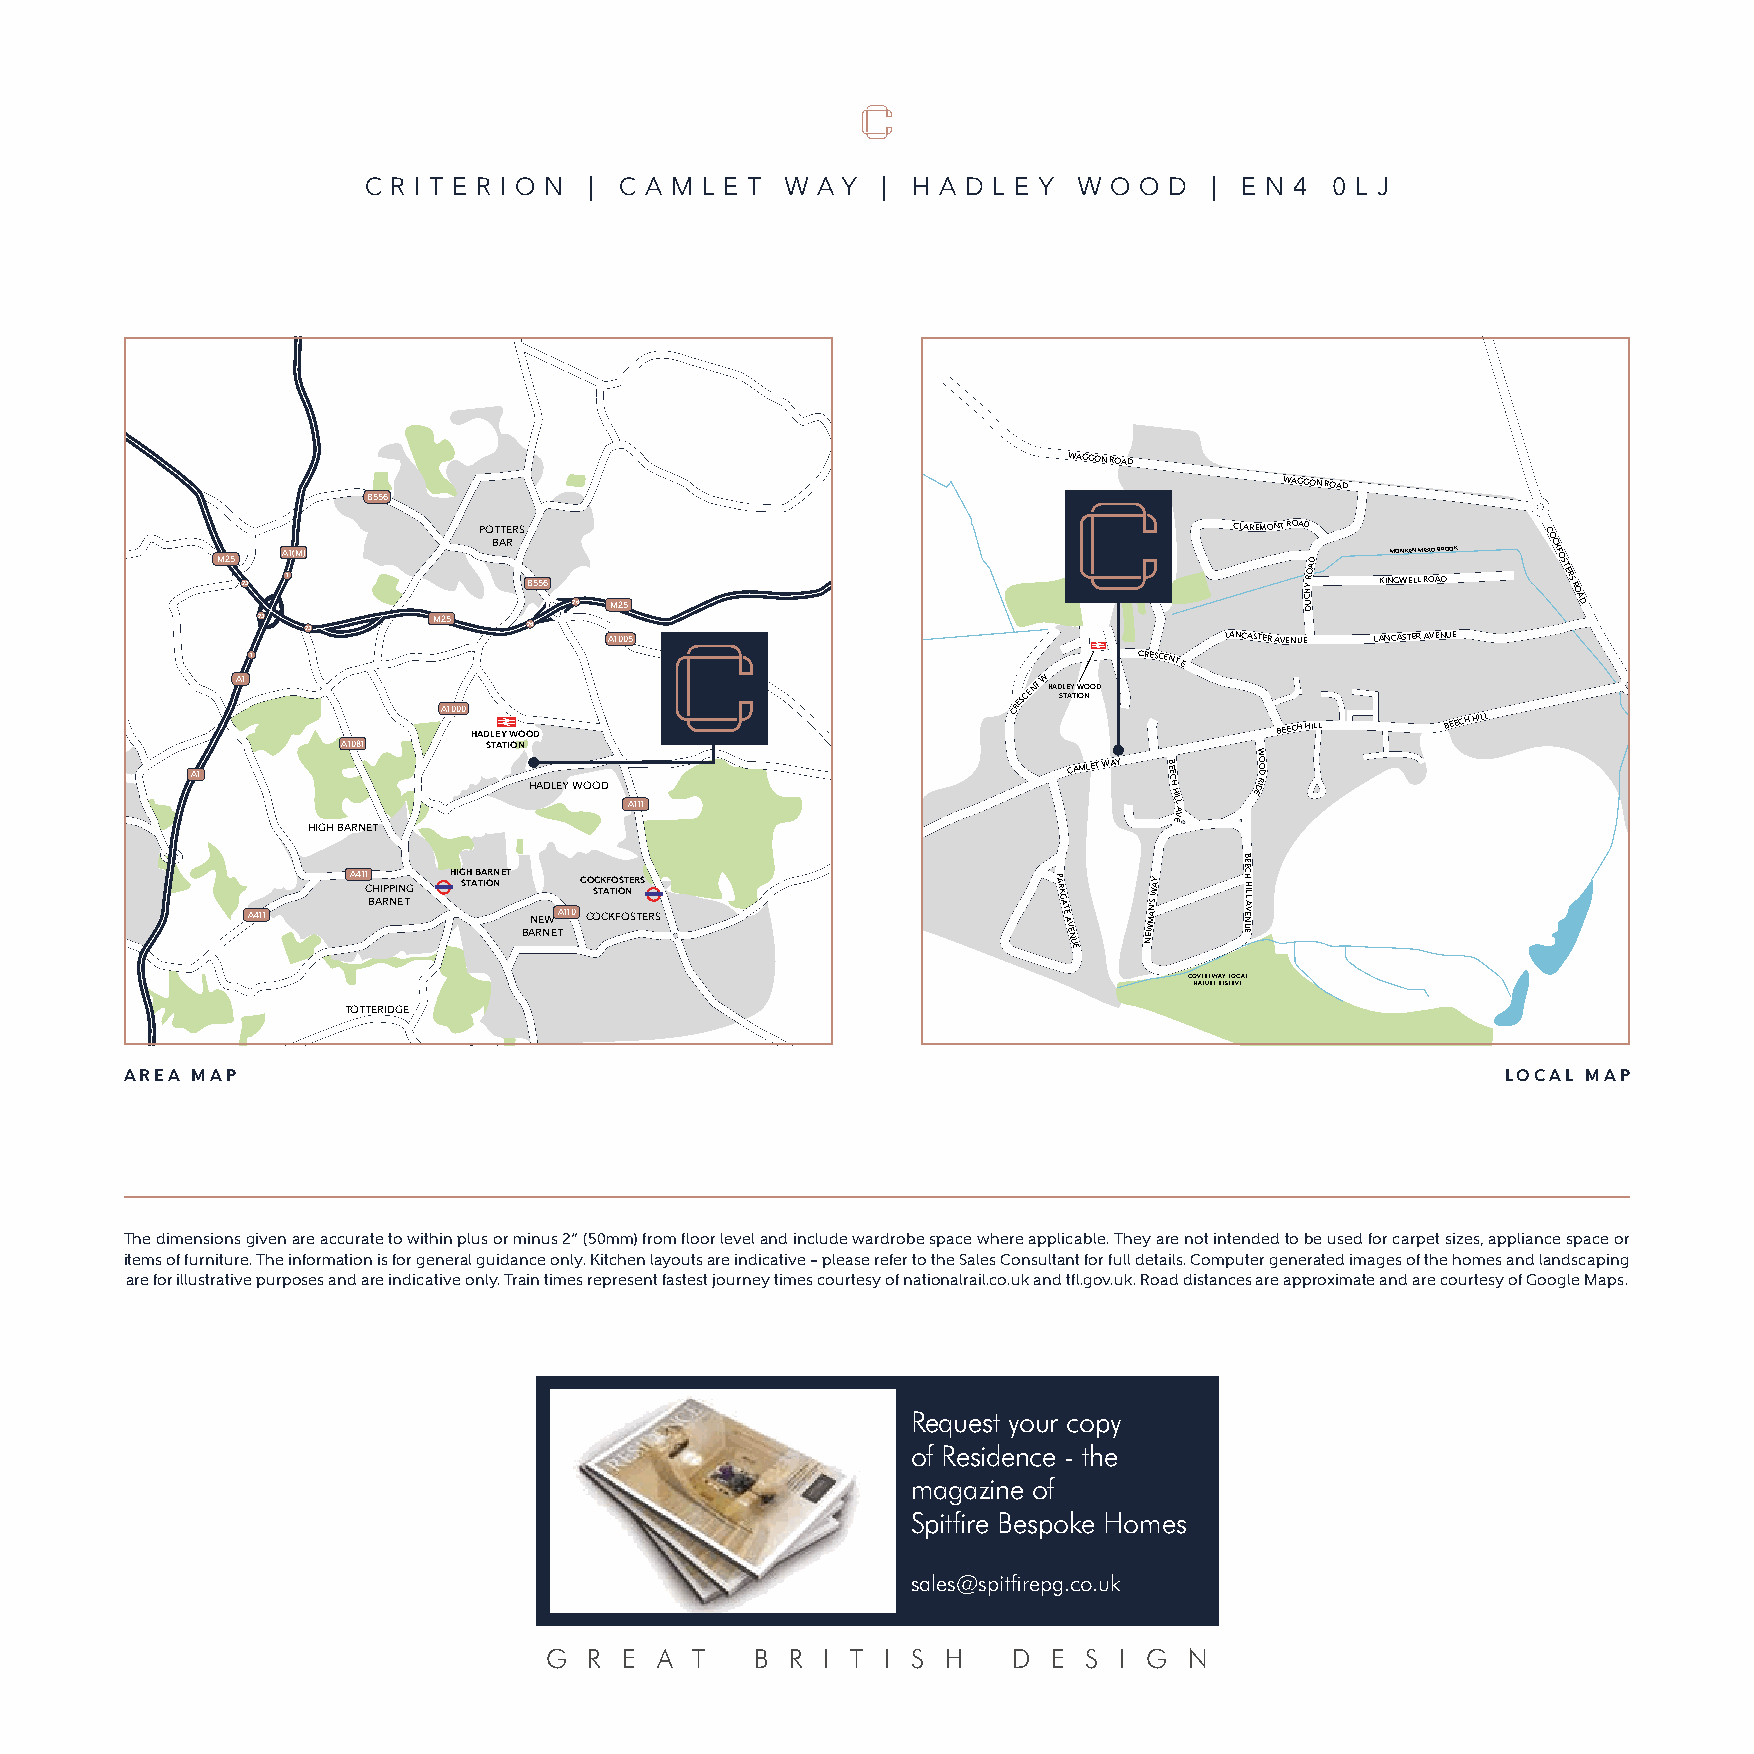
C R I T E R I O N | C A M L E T W A Y | H A D L E Y W O O D | E N 4 0 L J
 WAGGON ROAD
 WAGGON ROAD
 B556
 M25
 23
 A 11(M)
 PO BT AT RERS
 B556
 24 M25
 CLAREMO NT ROAD
 CUH DY
 ROAD
 KINM GO WNK EEN
 LL
 M REA OD
 A
 BR DOOK
 COCKFOSTERS
 ROAD
 23          M25
 23             24   A1005                                    LANCASTER AVENUE LANCASTER AVENUE
 1                                                         CRESCENT
 E
 A1
 A1081
 A1000
 HAD STLE AY
 T
 IW ONOOD
 CRESCENT W HAD STLE AY
 T
 IW ONOOD
 BEECH HILL BEECH HILL
 W
 A1
 HADLEY WOOD
 A111
 CAMLET WAY BEECH
 HIL
 EL V A
 EDIO RO D
 HIGH BARNET
 A411
 A41 C1 BH AIP RP NI EN TG HIG STH A B TA IOR NNET
 BAN RE NW
 ETA110C CO S OC TK CAF KTO I FOS OT NE SR TS
 ERS
 AP RKGATE
 AVENUE
 NE
 WM
 AN’S
 WAY   B EE UEC NEH
 VA
 LLHI
 COVERT WAY LOCAL
 NATURE RESERVE
 TOTTERIDGE
 AREA MAP                                                                                    LOCAL MAP
 The dimensions given are accurate to within plus or minus 2” (50mm) from floor level and include wardrobe space where applicable. They are not intended to be used for carpet sizes, appliance space or
 items of furniture. The information is for general guidance only. Kitchen layouts are indicative – please refer to the Sales Consultant for full details. Computer generated images of the homes and landscaping
 are for illustrative purposes and are indicative only. Train times represent fastest journey times courtesy of nationalrail.co.uk and tfl.gov.uk. Road distances are approximate and are courtesy of Google Maps.
 Request your copy
 of Residence - the
 magazine of
 Spitfire Bespoke Homes
 sales@spitfirepg.co.uk
 G  R E  A T   B R  I T I S H   D  E S I G  N